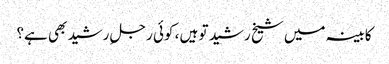
کابینہ میں شیخ رشید تو ہیں ، کوئی رجلِ رشید بھی ہے؟